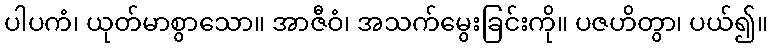
ပါပကံ၊ ယုတ်မာစွာသော။ အာဇီဝံ၊ အသက်မွေးခြင်းကို။ ပဇဟိတွာ၊ ပယ်၍။